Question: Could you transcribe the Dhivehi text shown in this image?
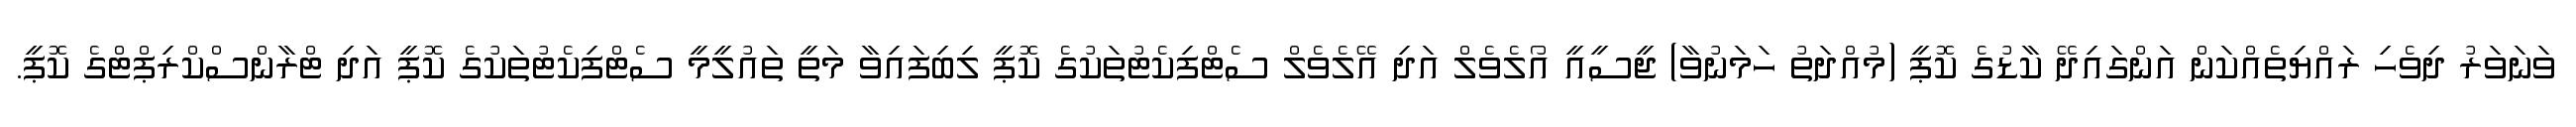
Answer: ވަނަވަރު ދިވެހި ރައްޔިތެއްކަން އަންގައިދޭ ކާޑުގެ ކޮޕީ (މުއްދަތު ހަމަނުވާ) ޖީސީއީ އޯލެވެލް އަދި އޭލެވެލް ސެޓްފިކެޓުތަކުގެ ކޮޕީ ލިބިފައިވާ މަތީ ތައުލީމީ ސެޓްފިކެޓުތަކުގެ ކޮޕީ އަދި ޓްރާންސްކްރިޕްޓްގެ ކޮޕީ.